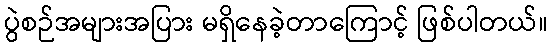
ပွဲစဉ်အများအပြား မရှိနေခဲ့တာကြောင့် ဖြစ်ပါတယ်။